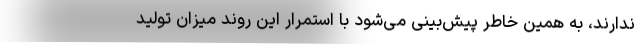
ندارند، به همین خاطر پیش‌بینی می‌شود با استمرار این روند میزان تولید